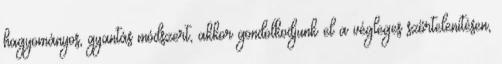
hagyományos, gyantás módszert, akkor gondolkodjunk el a végleges szőrtelenítésen,